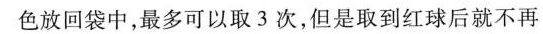
色放回袋中，最多可以取3次，但是取到红球后就不再